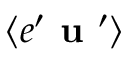
\langle { e ^ { \prime } { \textbf { u } } ^ { \prime } } \rangle